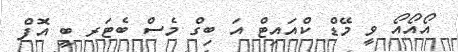
އޯއޯއޯ ވީ މޭޑް ކްއައިޓް އަ ބިގް މެސް ބެޓަރ ބީ އޮފް